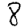
Digit: 8